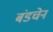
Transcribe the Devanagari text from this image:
बंडचेन